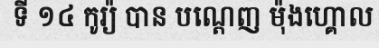
ទី ១៤ កូរ្យ៉ បាន បណ្តេញ ម៉ុងហ្គោល